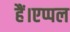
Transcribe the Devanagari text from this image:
हैं।एप्पल